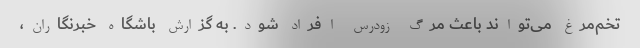
تخم‌مرغ می‌تواند باعث مرگ زودرس افراد شود. به گزارش باشگاه خبرنگاران،